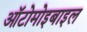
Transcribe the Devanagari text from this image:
ऑटोमोइबाइल